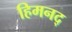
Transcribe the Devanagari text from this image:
हिमनद्